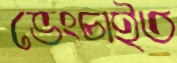
ভেংচাইত